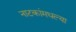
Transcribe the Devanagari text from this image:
नाटकांमधल्या